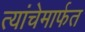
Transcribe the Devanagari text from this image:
त्यांचेमार्फत